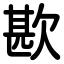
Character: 歁